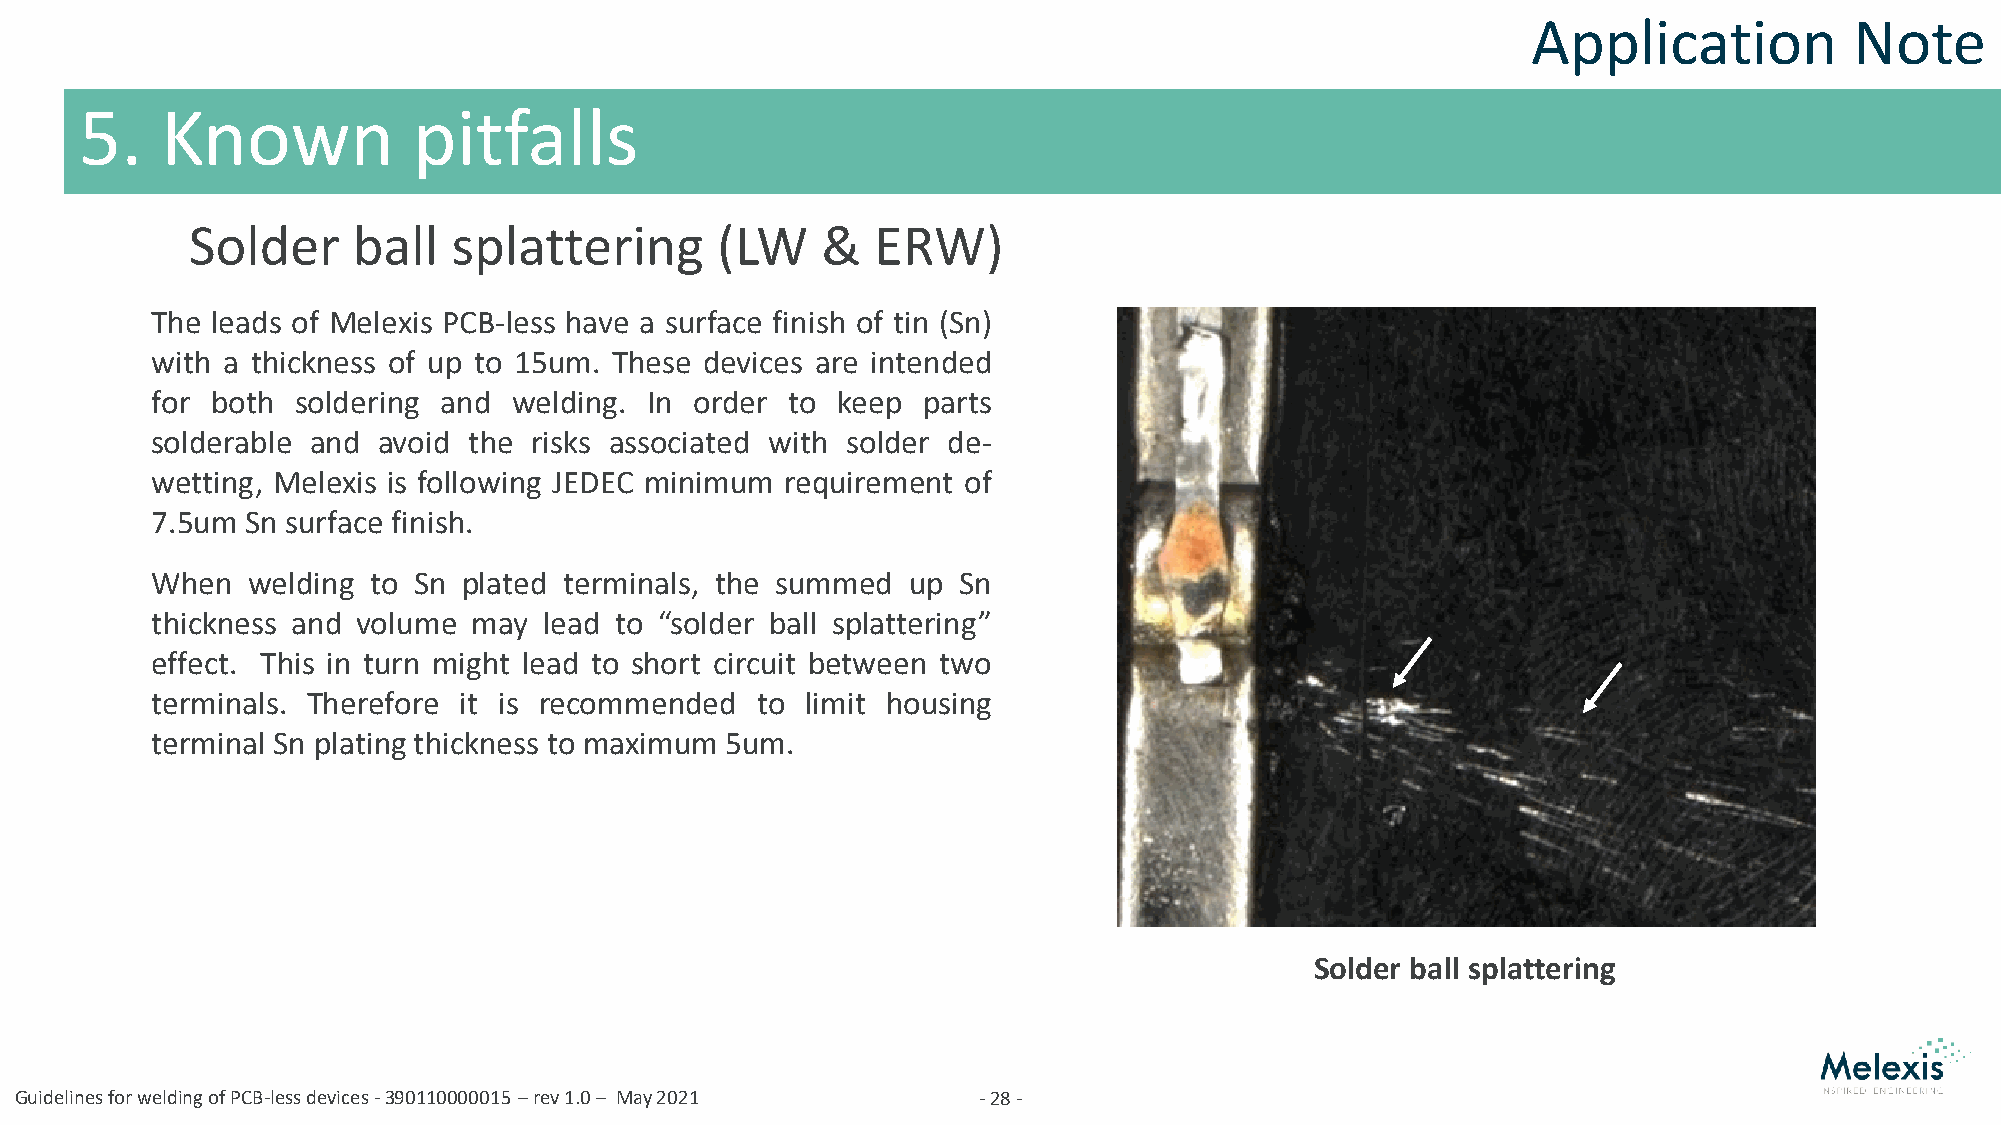
Application           Note
 5.    Known           pitfalls
 Solder     ball   splattering      (LW    &   ERW)
 The leads of Melexis PCB-less have a surface finish of tin (Sn)
 with a thickness of up to 15um. These devices are intended
 for both  soldering and welding. In order to keep  parts
 solderable and avoid the risks associated with solder de-
 wetting, Melexis is following JEDEC minimum requirement of
 7.5um Sn surface finish.
 When  welding to Sn  plated terminals, the summed up Sn
 thickness and volume may  lead to “solder ball splattering”
 effect. This in turn might lead to short circuit between two
 terminals. Therefore it is recommended  to limit housing
 terminal Sn plating thickness to maximum 5um.
 Solder ball splattering
 Guidelines for welding of PCB-less devices -390110000015 –rev 1.0 – May 2021 -28-